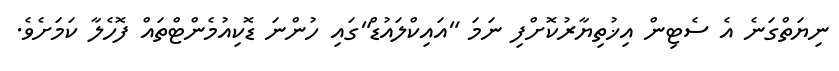
ނިޔަތްގަނެ އެ ސެޓިން އިޚުތިޔާރުކޮށްފި ނަމަ "އައިކްލައުޑް"ގައި ހުންނަ ޑޮކިއުމެންޓްތައް ފޮހެލާ ކަމަށެވެ.